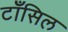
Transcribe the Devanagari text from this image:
टाँसिल